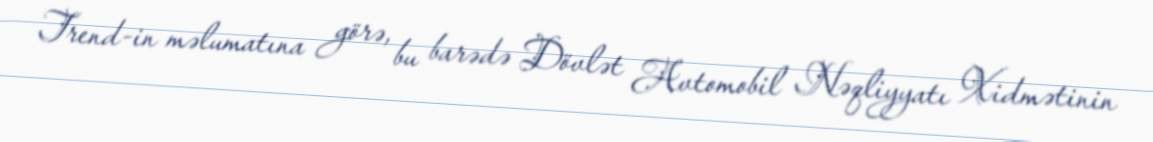
Trend-in məlumatına görə, bu barədə Dövlət Avtomobil Nəqliyyatı Xidmətinin